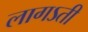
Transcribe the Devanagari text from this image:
लागऽती